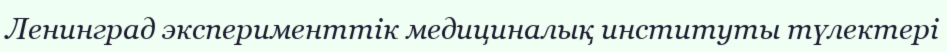
Ленинград эксперименттік медициналық институты түлектері